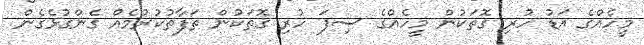
މީހެއްގެ އަޑު ހުރި ގޮތަކުން މީހެއްގެ ސިފަ ހުރި ގޮތަކުން ތަފާތުކުރުމެއް ގެންގުޅެގެން